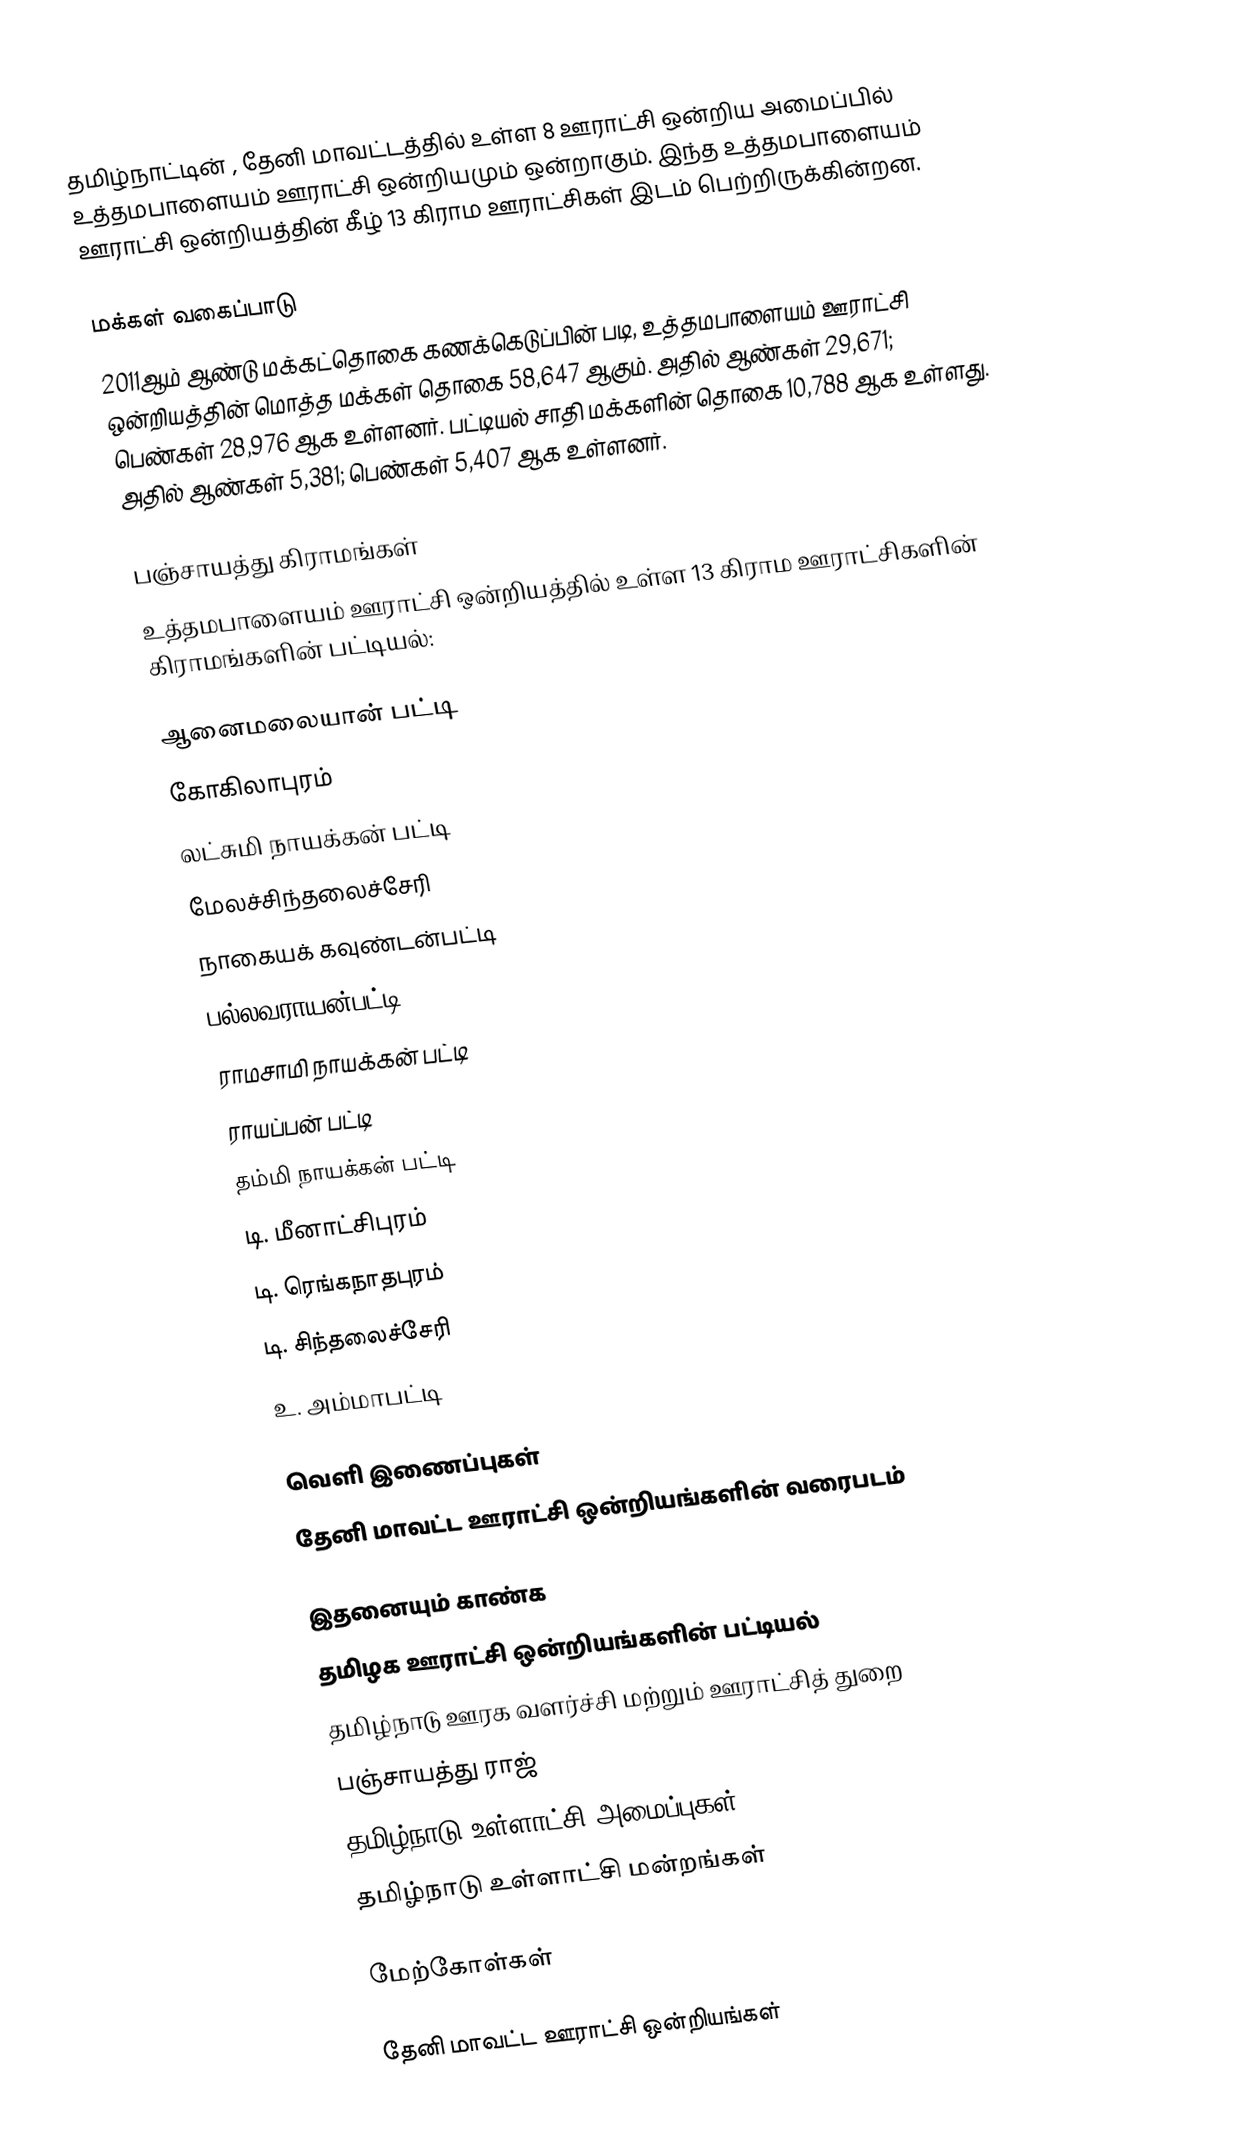
தமிழ்நாட்டின் , தேனி மாவட்டத்தில் உள்ள 8 ஊராட்சி ஒன்றிய அமைப்பில் உத்தமபாளையம் ஊராட்சி ஒன்றியமும் ஒன்றாகும். இந்த உத்தமபாளையம் ஊராட்சி ஒன்றியத்தின் கீழ் 13 கிராம ஊராட்சிகள் இடம் பெற்றிருக்கின்றன.

மக்கள் வகைப்பாடு
2011ஆம் ஆண்டு மக்கட்தொகை கணக்கெடுப்பின் படி, உத்தமபாளையம் ஊராட்சி ஒன்றியத்தின் மொத்த மக்கள் தொகை  58,647 ஆகும். அதில் ஆண்கள் 29,671; பெண்கள் 28,976 ஆக உள்ளனர். பட்டியல் சாதி மக்களின் தொகை 10,788 ஆக உள்ளது. அதில் ஆண்கள் 5,381; பெண்கள் 5,407 ஆக உள்ளனர்.

பஞ்சாயத்து கிராமங்கள்
உத்தமபாளையம் ஊராட்சி ஒன்றியத்தில் உள்ள 13 கிராம ஊராட்சிகளின் கிராமங்களின் பட்டியல்:

 ஆனைமலையான் பட்டி
 கோகிலாபுரம்
 லட்சுமி நாயக்கன் பட்டி
 மேலச்சிந்தலைச்சேரி
 நாகையக் கவுண்டன்பட்டி
 பல்லவராயன்பட்டி
 ராமசாமி நாயக்கன் பட்டி
 ராயப்பன் பட்டி
 தம்மி நாயக்கன் பட்டி
 டி. மீனாட்சிபுரம்
 டி. ரெங்கநாதபுரம்
 டி. சிந்தலைச்சேரி
 உ. அம்மாபட்டி

வெளி இணைப்புகள்
  தேனி மாவட்ட ஊராட்சி ஒன்றியங்களின் வரைபடம்

இதனையும் காண்க
 தமிழக ஊராட்சி ஒன்றியங்களின் பட்டியல்
 தமிழ்நாடு ஊரக வளர்ச்சி மற்றும் ஊராட்சித் துறை
 பஞ்சாயத்து ராஜ்
 தமிழ்நாடு உள்ளாட்சி அமைப்புகள்
 தமிழ்நாடு உள்ளாட்சி மன்றங்கள்

மேற்கோள்கள்

தேனி மாவட்ட ஊராட்சி ஒன்றியங்கள்